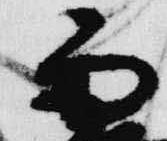
雨